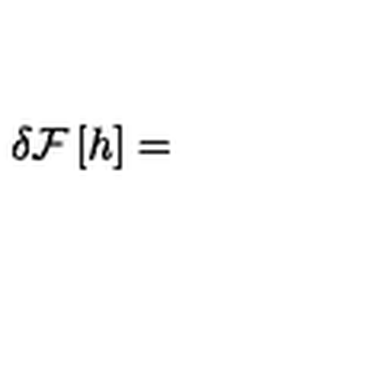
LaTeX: \delta { \cal F } \left[ h \right] =